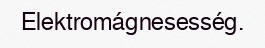
Elektromágnesesség.